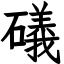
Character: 礒